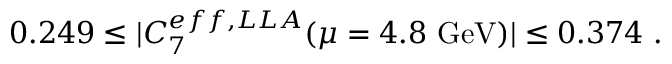
0 . 2 4 9 \leq \vert C _ { 7 } ^ { e f f , L L A } ( \mu = 4 . 8 ~ \mathrm { G e V } ) \vert \leq 0 . 3 7 4 ~ .